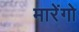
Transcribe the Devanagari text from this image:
मारेंगो